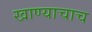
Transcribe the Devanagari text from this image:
खाण्याचाच